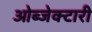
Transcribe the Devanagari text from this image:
ओब्जेक्टारी